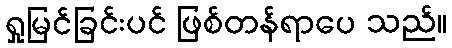
ရှုမြင်ခြင်းပင် ဖြစ်တန်ရာပေ သည်။